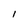
Character: I